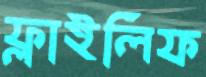
ফ্লাইলিফ